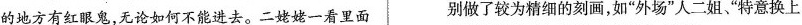
的地方有红眼鬼，无论如何不能进去。二姥姥一看里面 别做了较为精细的刻画，如“外场”人二姐“特意换上